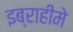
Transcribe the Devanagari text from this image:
इब्राहीमे